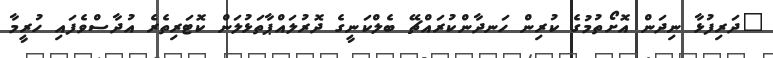
"ދަރިފުޅާ ނިދަން އޮށޯތުމުގެ ކުރިން ހަނދާންކުރައްޗޭ ބެލްކަނީގެ ދޮރުލައްޕާތަޅުލަން ކޮޓަރިތެރެ އުދާސްވެފައި ހުރީމާ